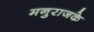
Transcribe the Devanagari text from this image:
मनुराजके